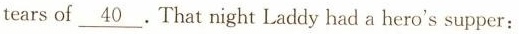
tears of \underline{40}. That night Laddy had a hero's supper: